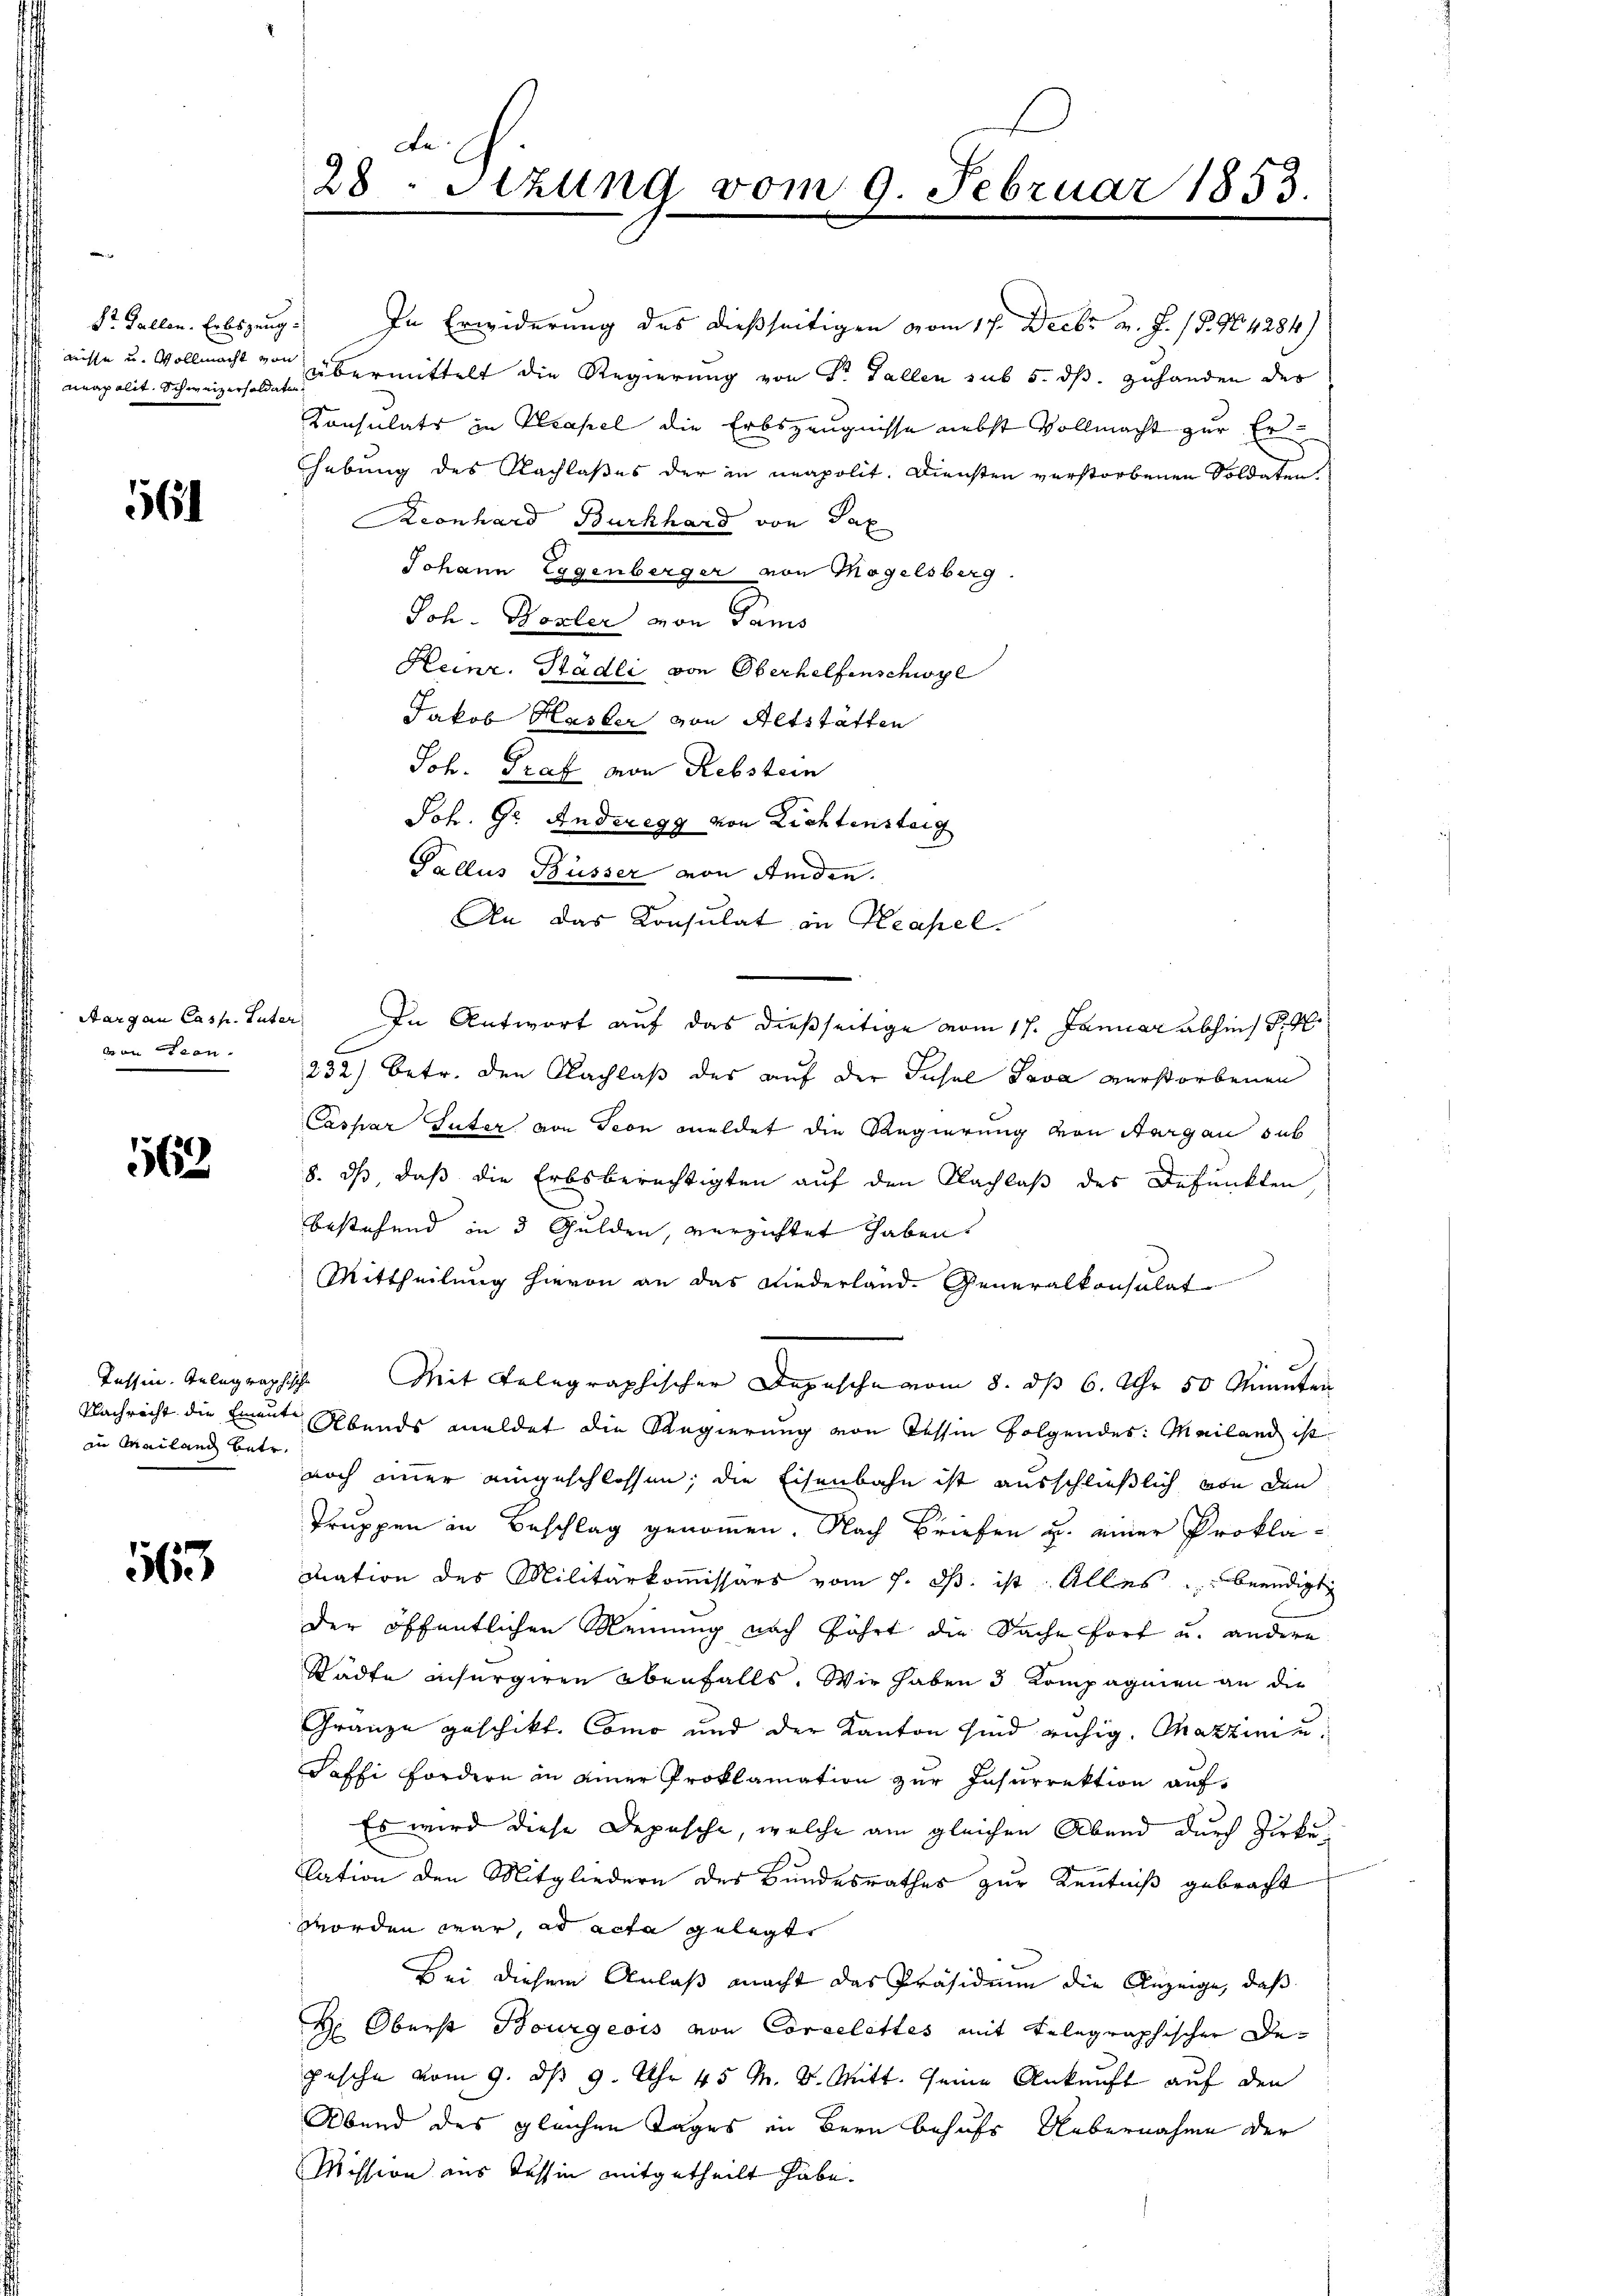
St. Gallen. Erbszung.
neapolit. Schweizersoldaten

56

Aargau Casp. Suter
von Seen.

563

Tessin. Gelegraphische
in Mailand betr.

165

In Erwiderung des dießseitigen vom 17. Decbr v. J. 18. 904284)
nisse u. Vollmacht von übermittelt die Regierung von Dr. Fallen sub 5. dß. zuhanden des
Konsulats in Kapel die Erbszeugnisse nebst Vollmacht zur Erhebung des Nachlaßes der in neapolit. Diensten verstorbenen Soldaten.
Keonhard Burkhard von Tax
Johann Eggenberger von Mögelsberg.
Joh. Hozler von Sams
Heinr. Stadli von Oberhelfenschwyl
Jakob Hasler von Altstätten
Joh. Graf von Rebstein
Joh. Gr. Anderegg von Lichtensteig
Pallus Büsser von Amden.
An das Konsulat in Neapel.
232) Betr. den Nachlaß des auf der Insel Java verstorbenen
Caspar Guter von Seon meldet die Regierung von Aargau sub
8. ds, daß die Erbsberechtigten auf den Nachlaß des Befunkten
bestehend in 3 Gulden, verzichtet haben.
Mittheilung hievon an das Niederland. Generalkonsulat
Mit gelegraphischer Depesche vom 8. dß 6. Uhr 50 Minuten
Nachricht die Einent Abends meldet die Regierung von dessin folgendes: Mailand ist
noch immer eingeschlossen; die Eisenbahn ist ausschließlich von den
Truppen in Beschlag genommen. Nach Briefen u. einer Proklamation des Militärkommissärs vom 7. ds. ist. Alles beendigt
der öffentlichen Meinung nach führt die Sache fort u. andern
Städte insurgiren ebenfalls. Wir haben 3 Kompagnien an die
Gränze geschikt. Como und der Kanton sind ruhig. Martiniu
Saffi Fordern in einer Proklamation zur Insurrektion auf¬
Es wird diese Depesche, welche am gleichen Abend durch Zirku¬
Cation den Mitgliedern des Bundesrathes zur Kenntniß gebracht
worden war, ad acta gelegt,
Bei diesem Anlaß macht das Präsidium die Anzeige, daß
H: Oberst Bourgeois von Corcelettes mit telegraphischer Depesche vom 9. ds 9. Uhr 45 M. D. Mitt. seine Ankunft auf den
Abend des gleichen Tages in Bern behufs Uebernahme der
Mission aus Tessin mitgetheilt habe.

de
28. Sitzung vom 9. Februar 1853.

In Antwort auf das dießseitige vom 17. Januar abhin) S. 9